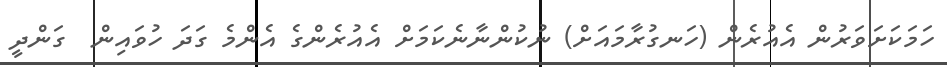
ހަމަކަށަވަރުން އެއުރެން (ހަނގުރާމައަށް) ނުކުންނާނެކަމަށް އެއުރެންގެ އެންމެ ގަދަ ހުވައިން  ގަންދީ